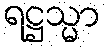
ရဋ္ဌသ္မာ